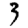
Digit: 3